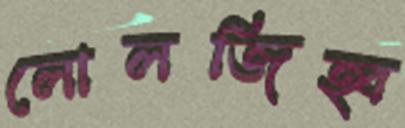
লোলজিহ্ব